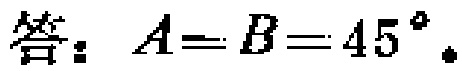
答：$A = B = 45^{\circ}$。